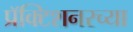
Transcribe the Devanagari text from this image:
प्रॅक्टिशनरच्या